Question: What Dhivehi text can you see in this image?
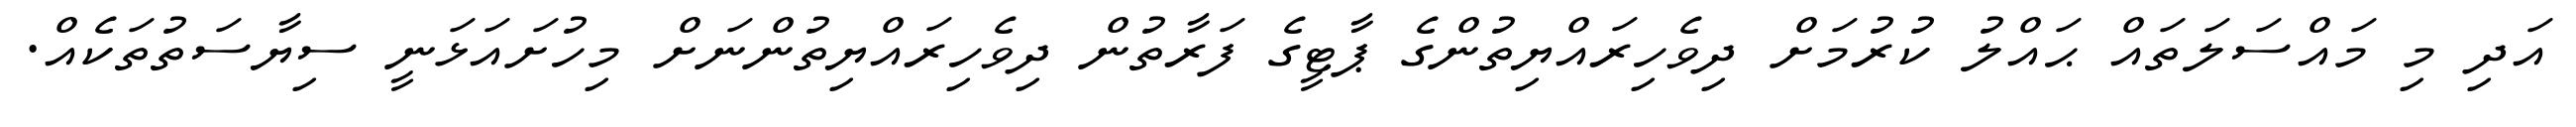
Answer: އަދި މި މައްސަލަތައް ޙައްލު ކުރުމަށް ދިވެހިރައްޔިތުންގެ ޕާޓީގެ ފަރާތުން ދިވެހިރައްޔިތުންނަށް މިހުށައަޅަނީ ސިޔާސަތުތަކެއް.